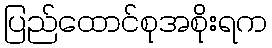
ပြည်ထောင်စုအစိုးရက